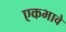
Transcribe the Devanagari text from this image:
एकभावे